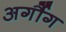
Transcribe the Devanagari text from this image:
अर्गौग